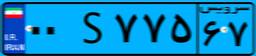
۹۶S۲۰۹۳۳